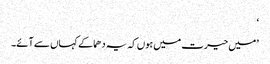
‘
’میں حیرت میں ہوں کہ یہ دھماکے کہاں سے آئے۔